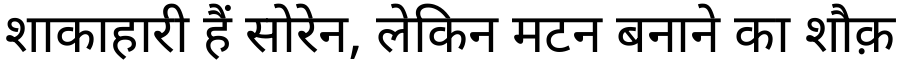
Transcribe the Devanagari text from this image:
शाकाहारी हैं सोरेन, लेकिन मटन बनाने का शौक़